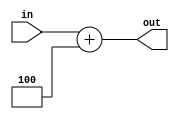
module adder_plus4(in, out);

	input [32-1:0] in;
	output reg [32-1:0] out;

	always@(*)
		out = in + 4;

endmodule